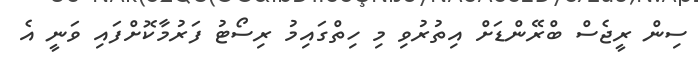
ސިން ރީޖެސް ބްރޭންޑަށް އިތުރުވި މި ހިތްގައިމު ރިސޯޓު ފަރުމާކޮށްފައި ވަނީ އެ